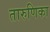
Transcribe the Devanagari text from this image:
तारुणिका